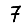
Digit: 7